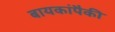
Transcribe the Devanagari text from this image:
बायकांपैकी